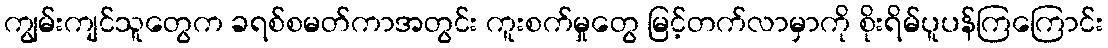
ကျွမ်းကျင်သူတွေက ခရစ်စမတ်ကာအတွင်း ကူးစက်မှုတွေ မြင့်တက်လာမှာကို စိုးရိမ်ပူပန်ကြကြောင်း